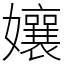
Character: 孃